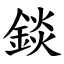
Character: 錟